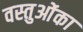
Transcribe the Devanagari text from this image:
वस्तुओंका